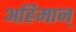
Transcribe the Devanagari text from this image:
अह्रिमान्